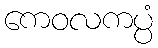
ကေဝလကပ္ပံ